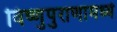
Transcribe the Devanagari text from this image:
विष्णुपुराणामध्ये